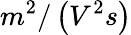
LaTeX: m^{2}/\left(V^{2}s\right)